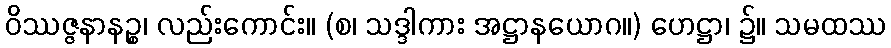
ဝိဿဇ္ဇနာနဉ္စ၊ လည်းကောင်း။ (စ၊ သဒ္ဒါကား အဋ္ဌာနယောဂ။) ဟေဋ္ဌာ၊ ၌။ သမထဿ